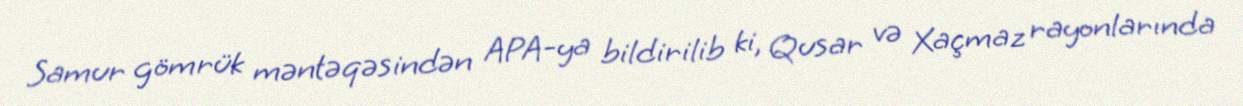
Samur gömrük məntəqəsindən APA-ya bildirilib ki, Qusar və Xaçmaz rayonlarında